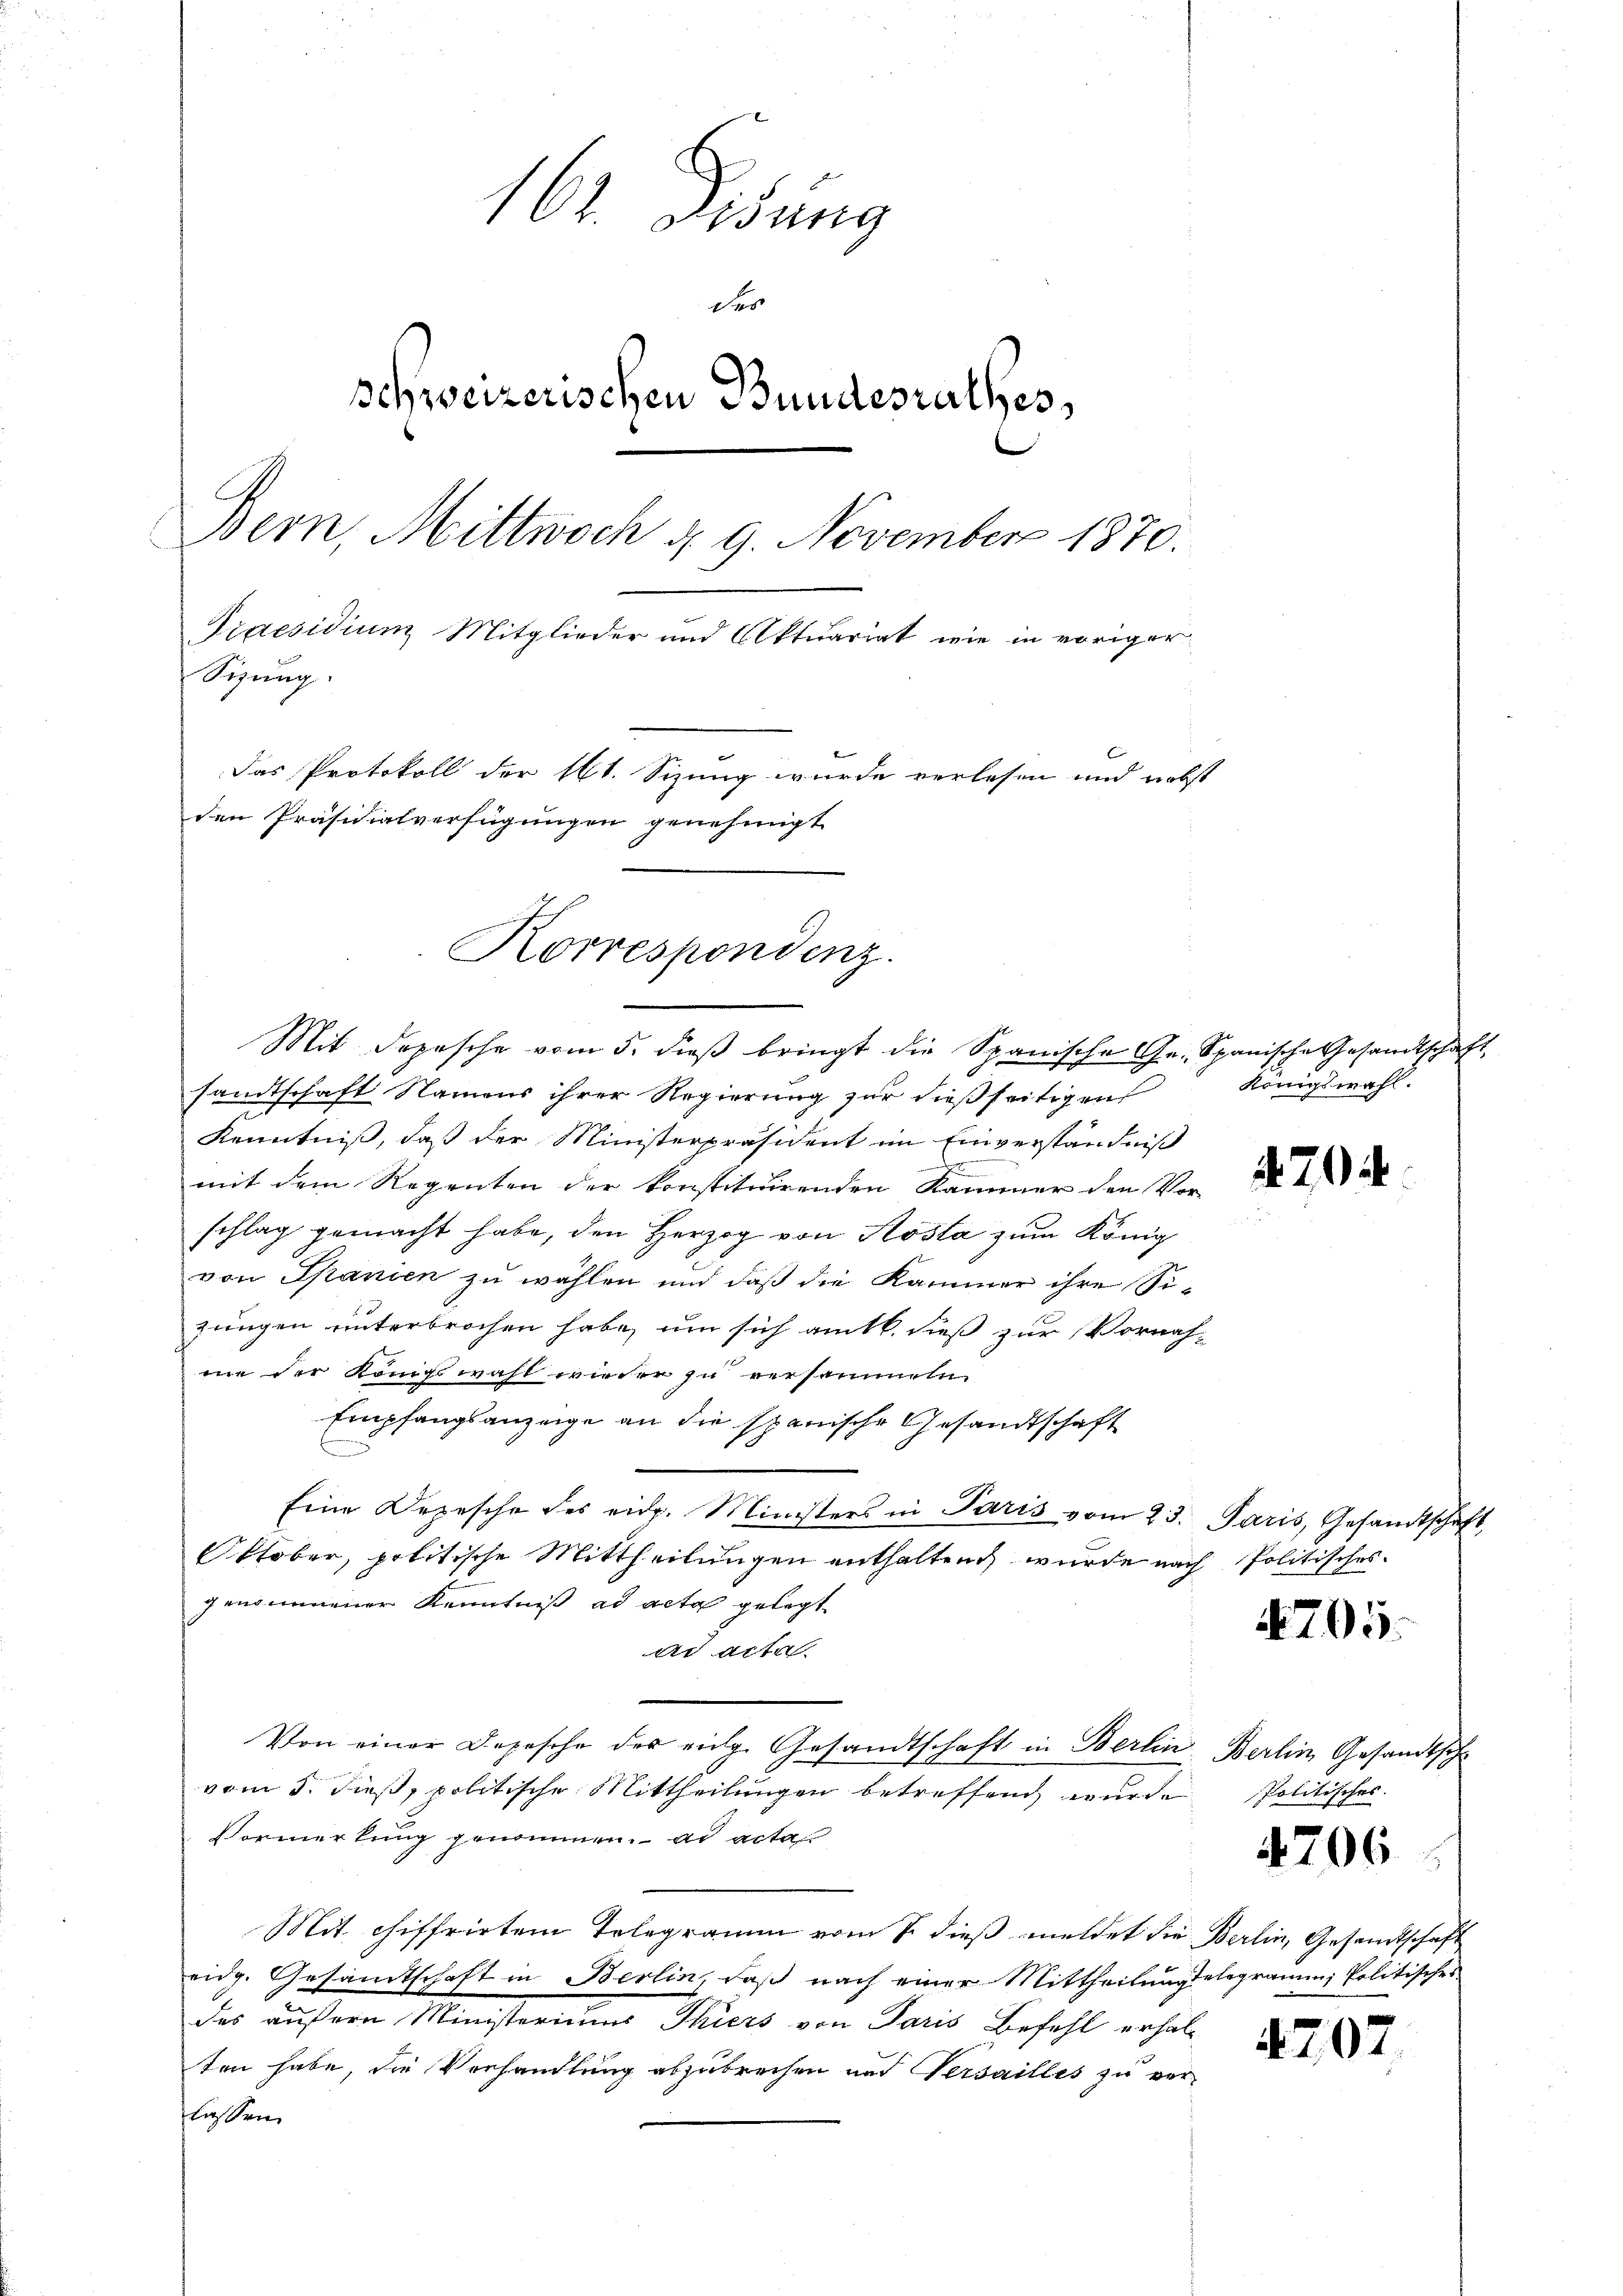
161. Disung
der
schweizerischen Bundesrathes,
Bern, Mittwoch d. 9. November 1870.
Praesidium Mitglieder und Aktuariat wie in voriger
Sizung.
Das Protokoll der 161. Sizung wurde verlesen und nebst
den Präsidialverfügungen genehmigt

Korrespondenz.

Mit Depesche vom 5. dieß bringt die Spanische Gr. Spanische Gesandtschaft
sandtschaft Namens ihrer Regierung zur dießseitigen
Kenntniß, daß der Ministerpräsident im Einverständniß
d
mit dem Regenten der konstituirenden Kammer den Vor-
schlag gemacht habe, den Herzog von Kosta zum König
von Spanien zu wählen und daß die Kammer ihre Sijungen unterbrochen habe, um sich amtl. dieß zur Vornah-
me der Königswahl wieder zu versammeln
Empfangsanzeige an die spanische Gesandtschaft
Eine Depesche des eidg. Ministers in Paris vom 23. Paris, Gesandtschaft,
Oktober, politische Mittheilungen enthalten wurde nach Politisches
genommener Kenntniß ad acta gelegt
ar acta
Von einer Depesche des vielge Gesandtschaft in Berlin, Berlin Gesandtschvom 5. dieß, politische Mittheilungen betreffend wurde Politischer
Vormerkung genommen. ad acta
Mit. chiffrirten Telegramm vom 7. dieß meldet die Berlin, Gesandtschaft
eidg. Gesandtschaft in Berlin, daß nach einer Mittheilungelegramm Politisches
das außern Ministerium Thiers von Paris Befehl erhal
ten habe, die Vorhandlung abzubrechen und Versailles zu ver-
lassen.

Königswahl.

4704

4705.

4706

4207.